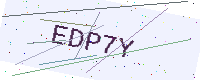
Text: EDP7Y